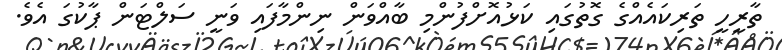
ތާރީހީ ތަރިކައެއްގެ ގޮތުގައި ކަޅުއޮށްފުންމި ބާއްވަން ނިންމާފައި ވަނީ ސަލްޓަން ޕާކުގަ އެވެ.